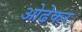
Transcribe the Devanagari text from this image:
ओढेकर